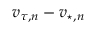
\boldsymbol { v } _ { \! \; \! \tau , n } - \boldsymbol { v } _ { \! \; \! \star , n }